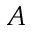
A